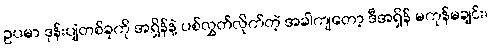
ဥပမာ ဒုန်းပျံတစ်ခုကို အရှိန်နဲ့ ပစ်လွှတ်လိုက်တဲ့ အခါကျတော့ ဒီအရှိန် မကုန်မချင်း၊